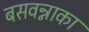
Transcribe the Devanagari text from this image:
बसवन्नाका